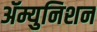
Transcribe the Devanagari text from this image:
ॲम्युनिशन